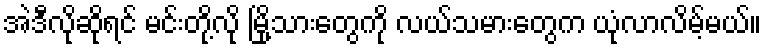
အဲဒီလိုဆိုရင် မင်းတို့လို မြို့သားတွေကို လယ်သမားတွေက ယုံလာလိမ့်မယ်။